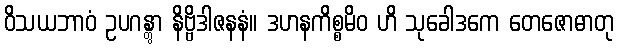
ဝိသယဘာဝံ ဥပဂန္တွာ နိဗ္ဗိဒါဇနနံ။ ဒဟနကိစ္စမိဝ ဟိ သုခေါဒကေ တေဇောဓာတု